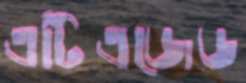
এটিএজেড